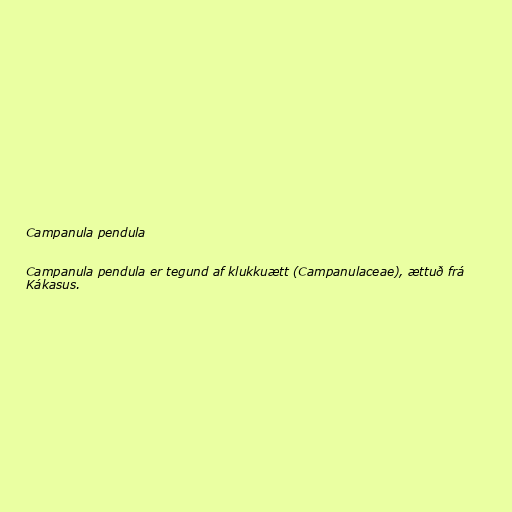
Campanula pendula

Campanula pendula er tegund af klukkuætt (Campanulaceae), ættuð frá
Kákasus.